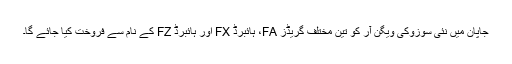
جاپان میں نئی سوزوکی ویگن آر کو تین مختلف گریڈز FA، ہائبرڈ FX اور ہائبرڈ FZ کے نام سے فروخت کیا جائے گا۔